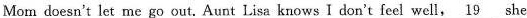
Mom doesn't let me go out. Aunt Lisa knowsI dont feel well\underline{19}she